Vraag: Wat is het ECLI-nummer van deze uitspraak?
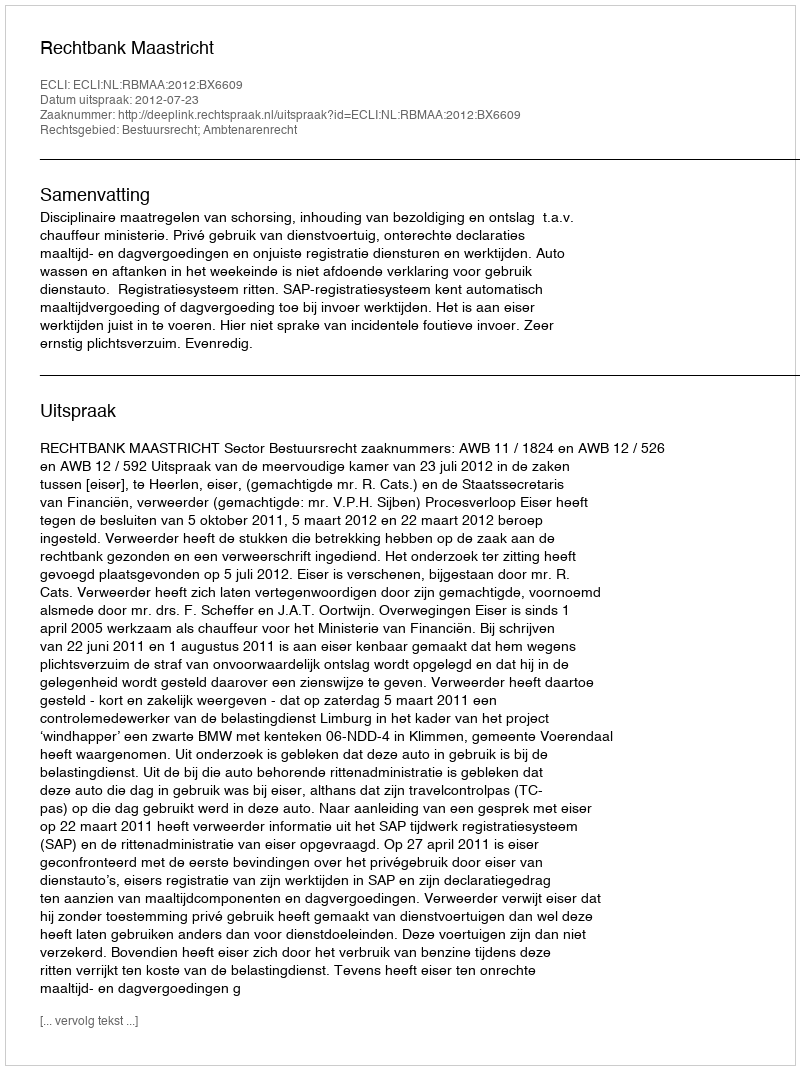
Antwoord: ECLI:NL:RBMAA:2012:BX6609